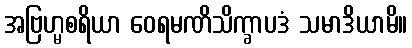
အဗြဟ္မစရိယာ ဝေရမဏိသိက္ခာပဒံ သမာဒိယာမိ။